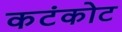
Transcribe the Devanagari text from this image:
कटंकोट